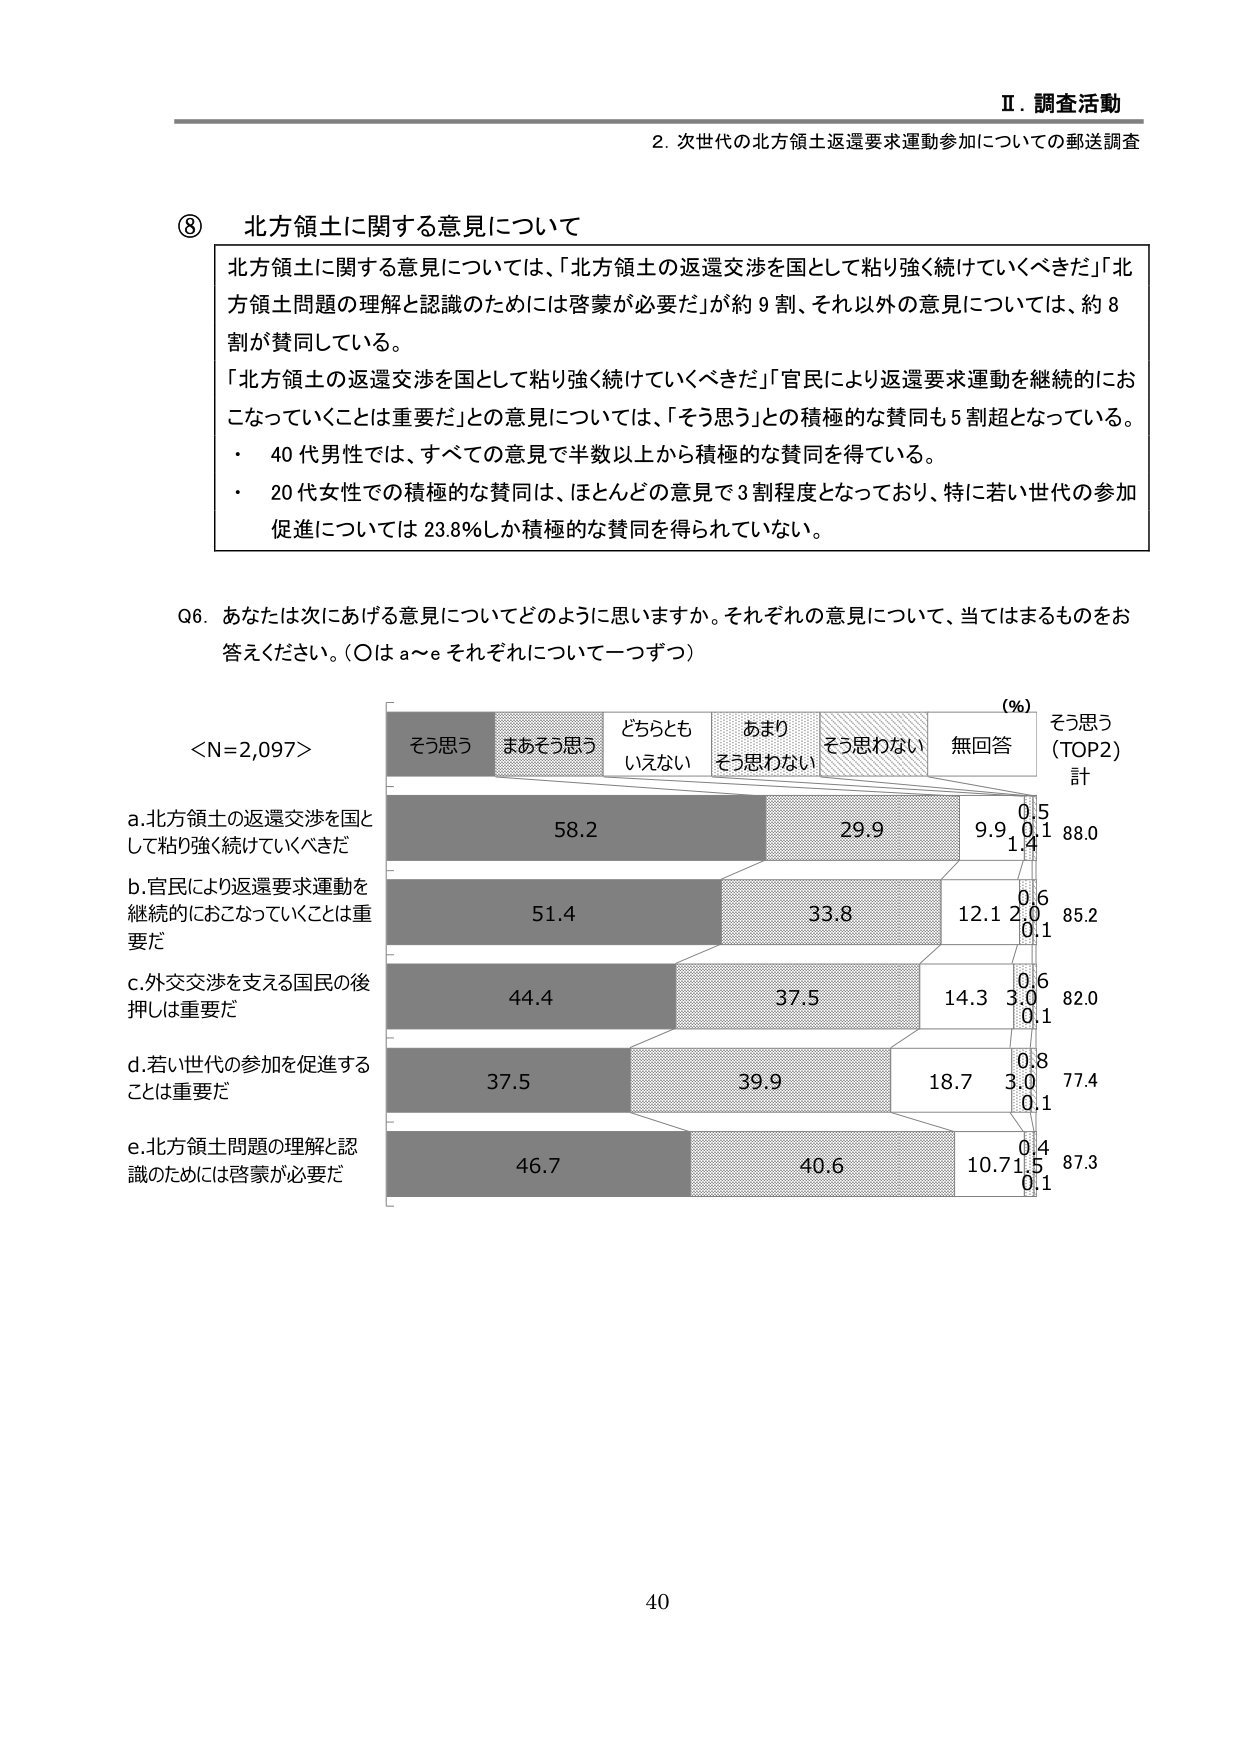
Ⅱ．調査活動
2．次世代の北方領土返還要求運動参加についての郵送調査

⑧ 北方領土に関する意見について

北方領土に関する意見については、「北方領土の返還交渉を国として粘り強く続けていくべきだ」「北方領土問題の理解と認識のためには啓蒙が必要だ」が約9割、それ以外の意見については、約8割が賛同している。
「北方領土の返還交渉を国として粘り強く続けていくべきだ」「官民により返還要求運動を継続的におこなっていくことは重要だ」との意見については、「そう思う」との積極的な賛同も5割超となっている。
・ 40代男性では、すべての意見で半数以上から積極的な賛同を得ている。
・ 20代女性での積極的な賛同は、ほとんどの意見で3割程度となっており、特に若い世代の参加促進については23.8％しか積極的な賛同を得られていない。

Q6．あなたは次にあげる意見についてどのように思いますか。それぞれの意見について、当てはまるものをお答えください。（○はa～eそれぞれについて一つずつ）

＜N=2,097＞

（％）
そう思う　　まあそう思う　　どちらともいえない　　あまりそう思わない　　そう思わない　　無回答　　そう思う（TOP2）計

a. 北方領土の返還交渉を国として粘り強く続けていくべきだ
　　　　　　　58.2　　　　　　29.9　　　　　　9.9　0.5　　1.4　　88.0

b. 官民により返還要求運動を継続的におこなっていくことは重要だ
　　　　　　　51.4　　　　　　33.8　　　　　　12.1　0.6　　2.0　　0.1　　85.2

c. 外交交渉を支える国民の後押しは重要だ
　　　　　　　44.4　　　　　　37.5　　　　　　14.3　0.6　　3.0　　0.1　　82.0

d. 若い世代の参加を促進することは重要だ
　　　　　　　37.5　　　　　　39.9　　　　　　18.7　0.8　　3.0　　0.1　　77.4

e. 北方領土問題の理解と認識のためには啓蒙が必要だ
　　　　　　　46.7　　　　　　40.6　　　　　　10.7　0.4　　1.5　　0.1　　87.3

40